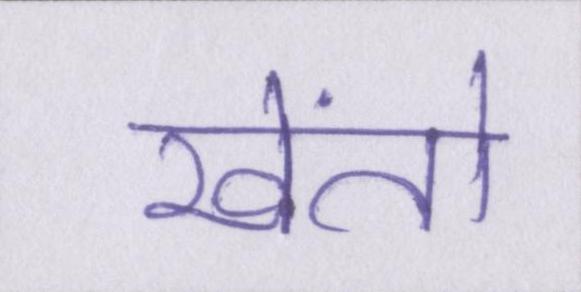
खेंतो